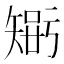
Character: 𥏴